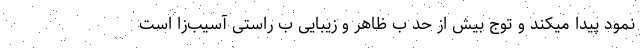
نمود پیدا میکند و توج بیش از حد ب ظاهر و زیبایی ب راستی آسیب‌زا است